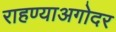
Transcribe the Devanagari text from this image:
राहण्याअगोदर